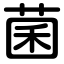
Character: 菌